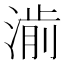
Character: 𱨃